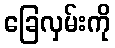
ခြေလှမ်းကို